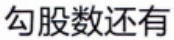
勾股数还有